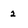
Character: 2